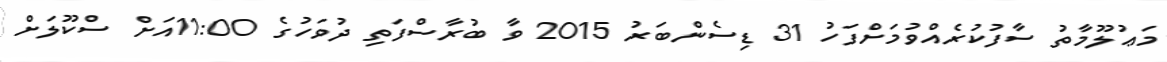
މަޢުލޫމާތު ސާފުކުރެއްވުމަށްފަހު 31 ޑިސެންބަރު 2015 ވާ ބުރާސްފަތި ދުވަހުގެ 11:00އަށް ސްކޫލަށް